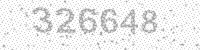
Solution: 326648